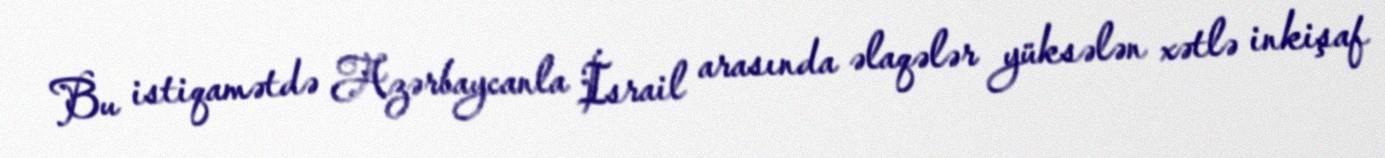
Bu istiqamətdə Azərbaycanla İsrail arasında əlaqələr yüksələn xətlə inkişaf